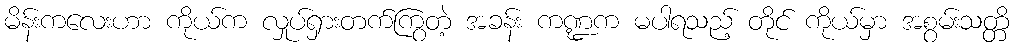
မိန်းကလေးဟာ ကိုယ်က လှုပ်ရှားတက်ကြွတဲ့ အခန်း ကဏ္ဍက မပါရသည့် တိုင် ကိုယ်မှာ အစွမ်းသတ္တိ